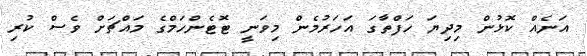
އަނެއް ކޮޅުން މިދިޔަ ހަފްތާގަ އަހަރުމެން މިވަނީ ޓޮޓެންހަމްގެ މައްޗަށް ވެސް ކުރި